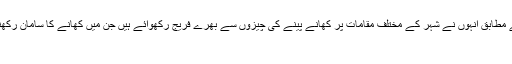
دبئی کی رہائشی ایک خاتون کے مطابق انہوں نے شہر کے مختلف مقامات پر کھانے پینے کی چیزوں سے بھرے فریج رکھوائے ہیں جن میں کھانے کا سامان رکھنے کیلئے ملازم بھی موجود ہیں
غریبرمضان المبارکدبئی